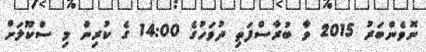
ނޮވެންބަރު 2015 ވާ ބުރާސްފަތި ދުވަހުގެ 14:00 ގެ ކުރިން މި ސްކޫލަށް